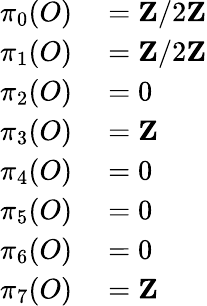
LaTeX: \begin{array}{rl}{\pi_{0}(O)}&{{}=\mathbf{Z}/2\mathbf{Z}}\\ {\pi_{1}(O)}&{{}=\mathbf{Z}/2\mathbf{Z}}\\ {\pi_{2}(O)}&{{}=0}\\ {\pi_{3}(O)}&{{}=\mathbf{Z}}\\ {\pi_{4}(O)}&{{}=0}\\ {\pi_{5}(O)}&{{}=0}\\ {\pi_{6}(O)}&{{}=0}\\ {\pi_{7}(O)}&{{}=\mathbf{Z}}\end{array}